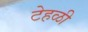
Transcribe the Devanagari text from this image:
टेहळी